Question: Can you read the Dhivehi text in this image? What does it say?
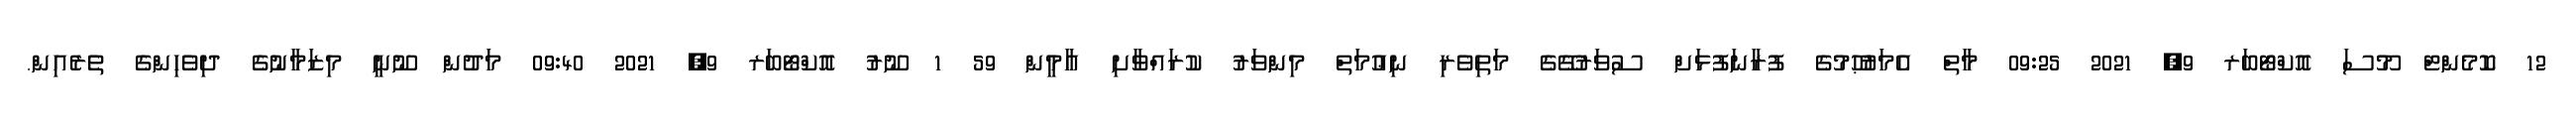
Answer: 12 ކޮމެންޓް މޫސަ އޮކްޓޯބަރ 9, 2021 09:25 މާތް އެމަރުޙޫމުގެ ފުރާނަފުޅަށް ސުވަރުގޭގެ މަތިވެރި ނިޢުމަތް މިންވަރު ކުރައްވާށި އާމީން 59 1 ނޫރު އޮކްޓޯބަރ 9, 2021 09:40 މަދުން ނޫނީ މިޒަމާނުގެ ދިވެހިންގެ ތެރެއިން.